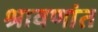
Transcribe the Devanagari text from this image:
श्रावणांत